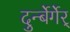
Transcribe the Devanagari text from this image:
दुर्न्बेर्गेर्